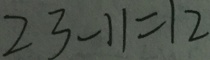
2 3 - 1 1 = 1 2